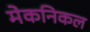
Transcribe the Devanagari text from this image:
मेकनिकल